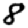
Digit: 8